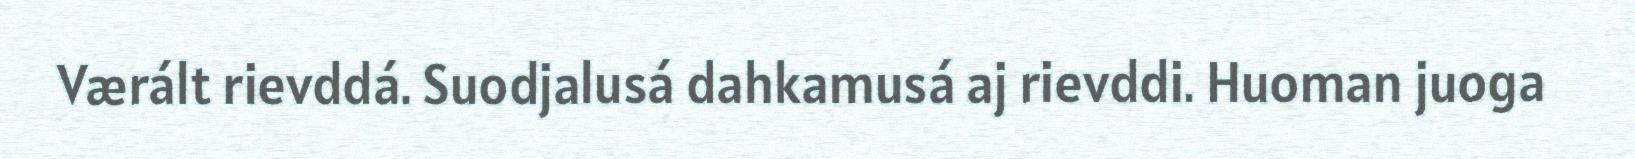
Værált rievddá. Suodjalusá dahkamusá aj rievddi. Huoman juoga